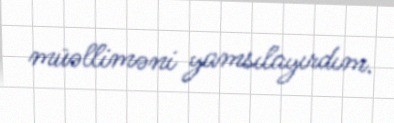
müəlliməni yamsılayırdım.